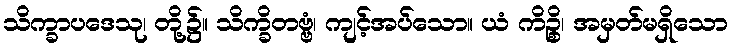
သိက္ခာပဒေသု၊ တို့၌။ သိက္ခိတဗ္ဗံ၊ ကျင့်အပ်သော။ ယံ ကိဉ္စိ၊ အမှတ်မရှိသော